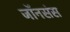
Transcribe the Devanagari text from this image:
जॉनसंस